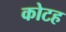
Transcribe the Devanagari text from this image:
कोटह